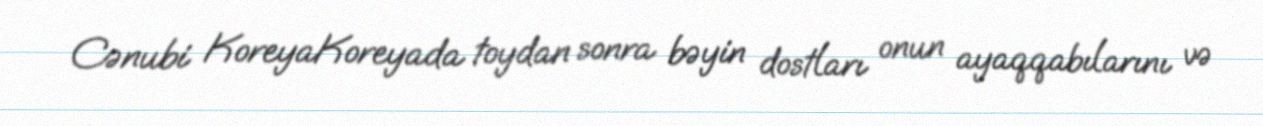
Cənubi KoreyaKoreyada toydan sonra bəyin dostları onun ayaqqabılarını və